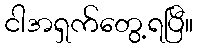
ငါအရှက်တွေ့ရပြီ။